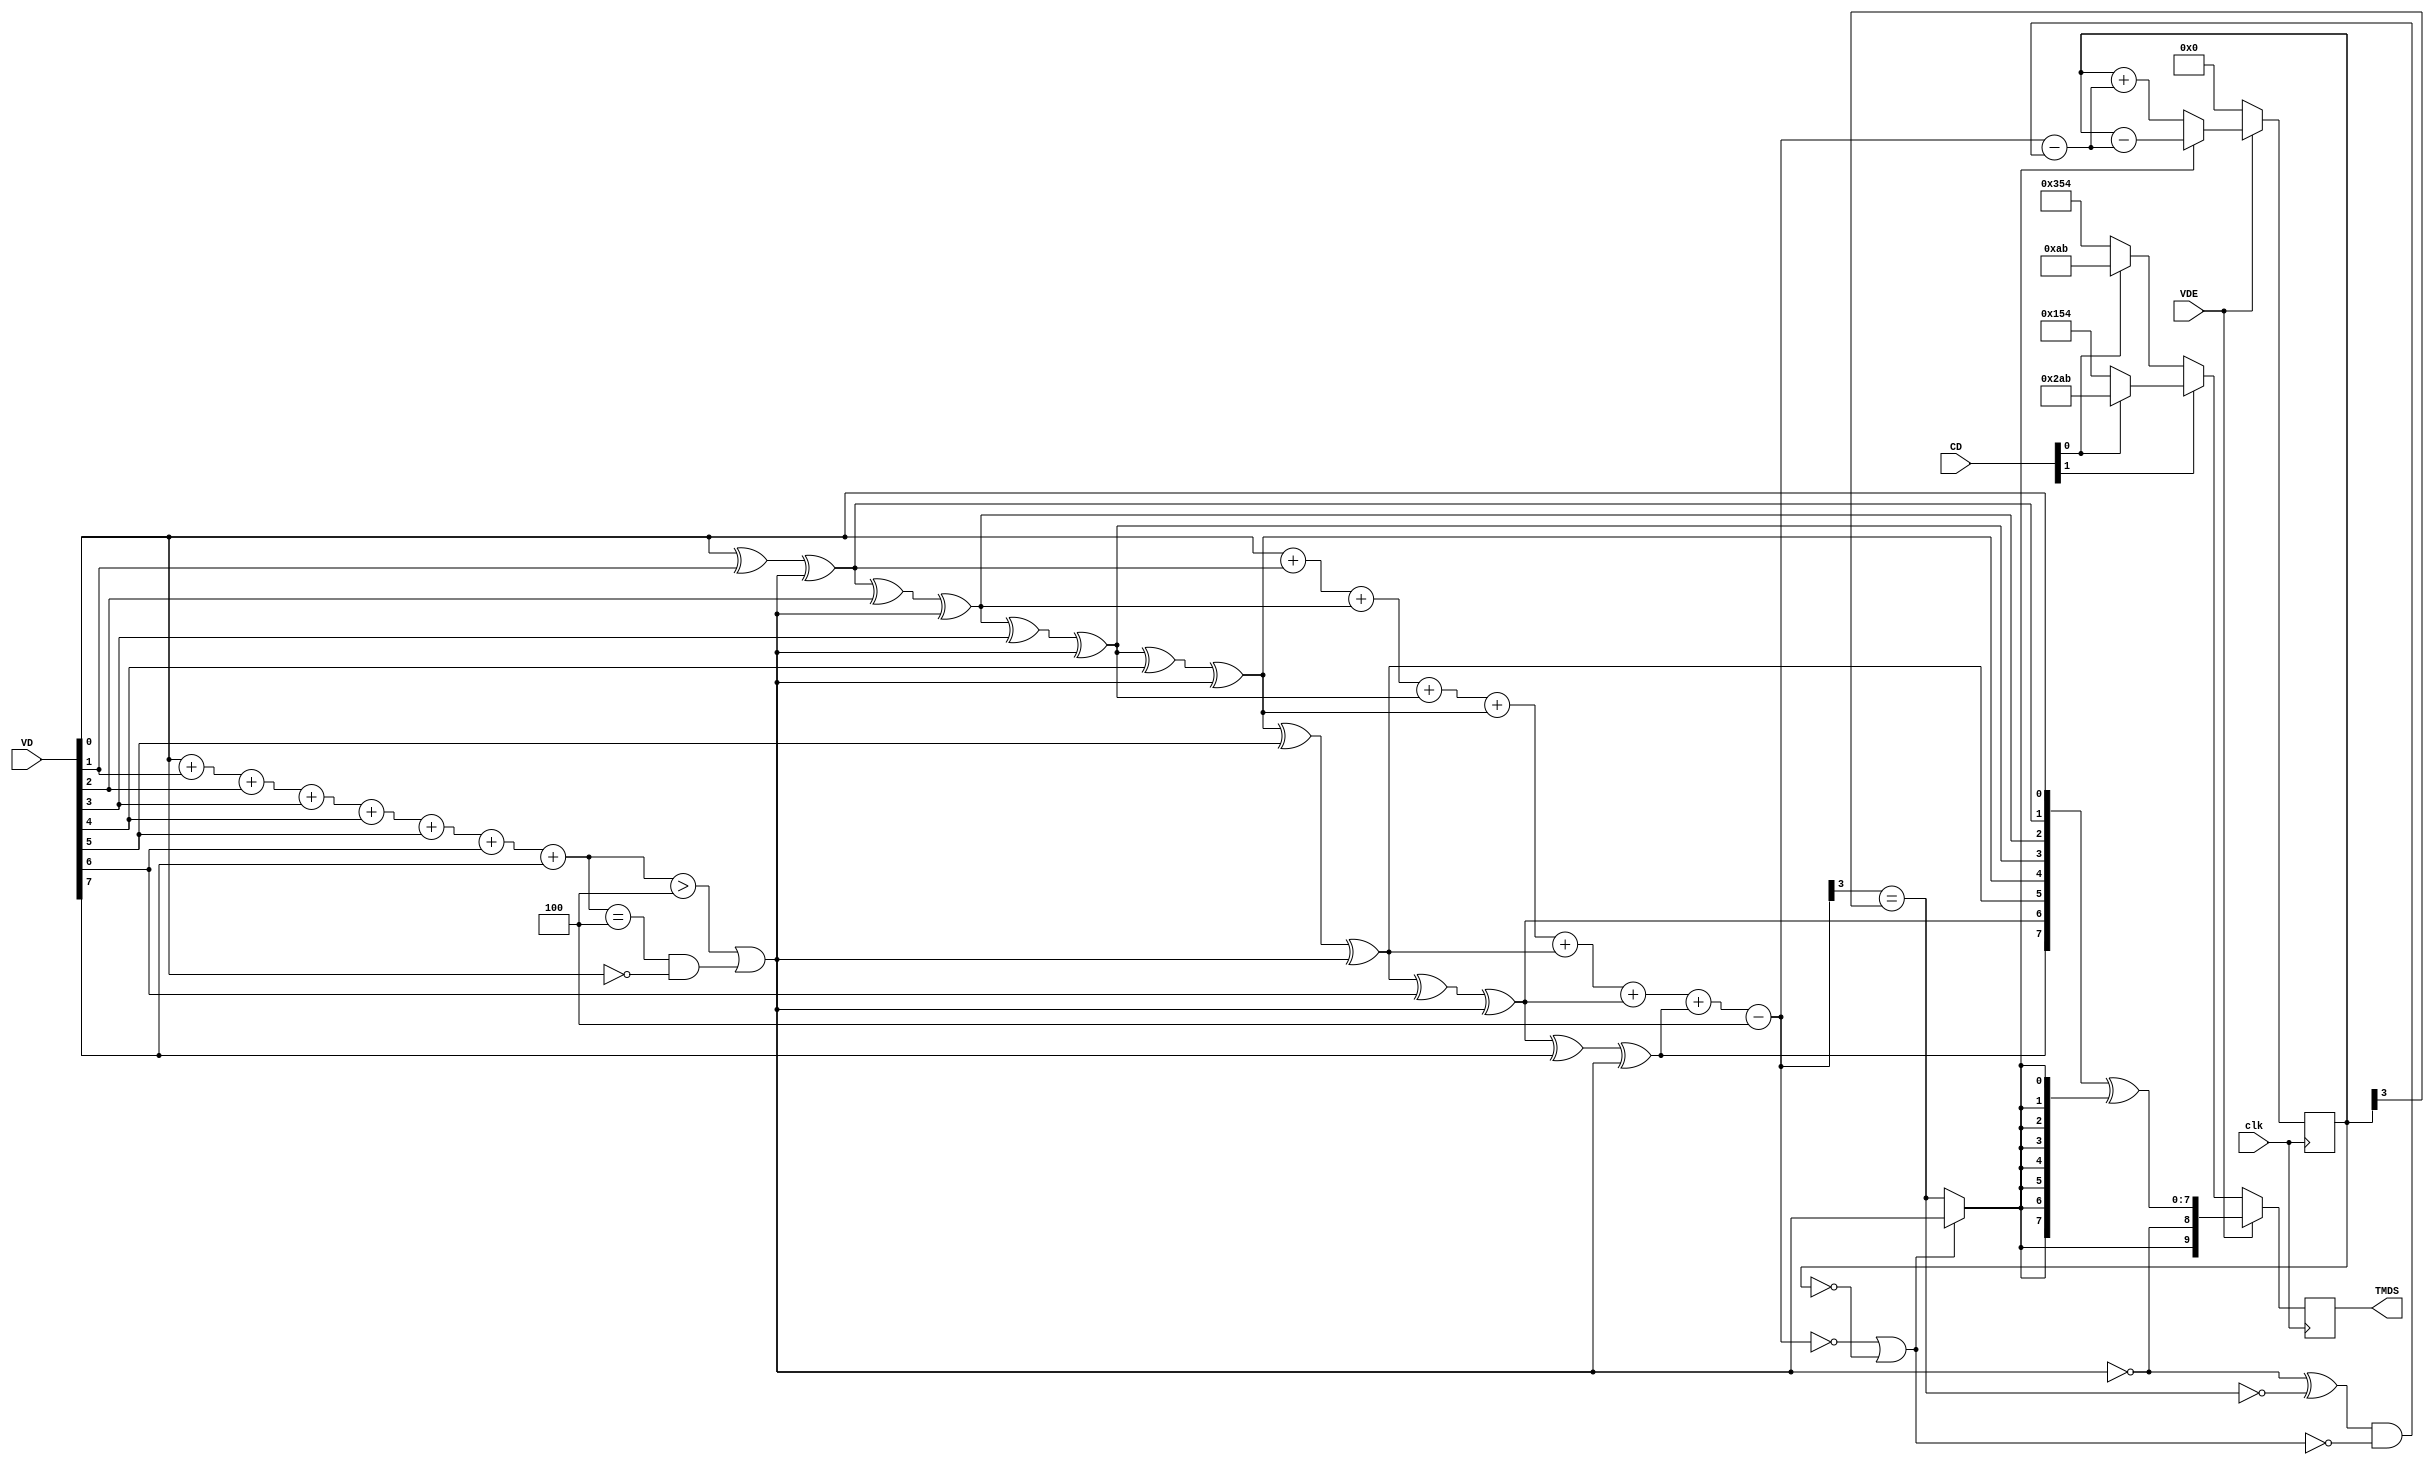
// (c) fpga4fun.com & KNJN LLC 2013

////////////////////////////////////////////////////////////////////////
module TMDS_encoder(
	input clk, // 250 MHz
	input [7:0] VD,  // video data (red, green or blue)
	input [1:0] CD,  // control data
	input VDE,  // video data enable, to choose between CD (when VDE=0) and VD (when VDE=1)
	output reg [9:0] TMDS = 0
);

wire [3:0] Nb1s = {3'b0, VD[0]} + {3'b0, VD[1]} + {3'b0, VD[2]}
	+ {3'b0, VD[3]} + {3'b0, VD[4]} + {3'b0, VD[5]}
	+ {3'b0, VD[6]} + {3'b0, VD[7]};
wire XNOR = (Nb1s>4'd4) || (Nb1s==4'd4 && VD[0]==1'b0);

// To keep Verilator happy, we create individual wires, determine
// their values and then merge them into q_m[]
wire QM0, QM1, QM2, QM3, QM4, QM5, QM6, QM7, QM8;
assign QM0= VD[0];
assign QM1= QM0 ^ VD[1] ^ XNOR;
assign QM2= QM1 ^ VD[2] ^ XNOR;
assign QM3= QM2 ^ VD[3] ^ XNOR;
assign QM4= QM3 ^ VD[4] ^ XNOR;
assign QM5= QM4 ^ VD[5] ^ XNOR;
assign QM6= QM5 ^ VD[6] ^ XNOR;
assign QM7= QM6 ^ VD[7] ^ XNOR;
assign QM8= ~XNOR;
wire [8:0] q_m = { QM8, QM7, QM6, QM5, QM4, QM3, QM2, QM1, QM0 };

reg [3:0] balance_acc = 0;
wire [3:0] balance = {3'b0, q_m[0]} + {3'b0, q_m[1]} + {3'b0, q_m[2]}
	+ {3'b0, q_m[3]} + {3'b0, q_m[4]} + {3'b0, q_m[5]}
	+ {3'b0, q_m[6]} + {3'b0, q_m[7]} - 4'd4;
wire balance_sign_eq = (balance[3] == balance_acc[3]);
wire invert_q_m = (balance==0 || balance_acc==0) ? ~q_m[8] : balance_sign_eq;

wire [3:0] balance_acc_inc = balance
	- {3'b0,
	   ({q_m[8] ^ ~balance_sign_eq} & ~(balance==0 || balance_acc==0)) };
wire [3:0] balance_acc_new = invert_q_m ? balance_acc-balance_acc_inc : balance_acc+balance_acc_inc;
wire [9:0] TMDS_data = {invert_q_m, q_m[8], q_m[7:0] ^ {8{invert_q_m}}};
wire [9:0] TMDS_code = CD[1] ? (CD[0] ? 10'b1010101011 : 10'b0101010100) : (CD[0] ? 10'b0010101011 : 10'b1101010100);

always @(posedge clk) TMDS <= VDE ? TMDS_data : TMDS_code;
always @(posedge clk) balance_acc <= VDE ? balance_acc_new : 4'h0;
endmodule

////////////////////////////////////////////////////////////////////////